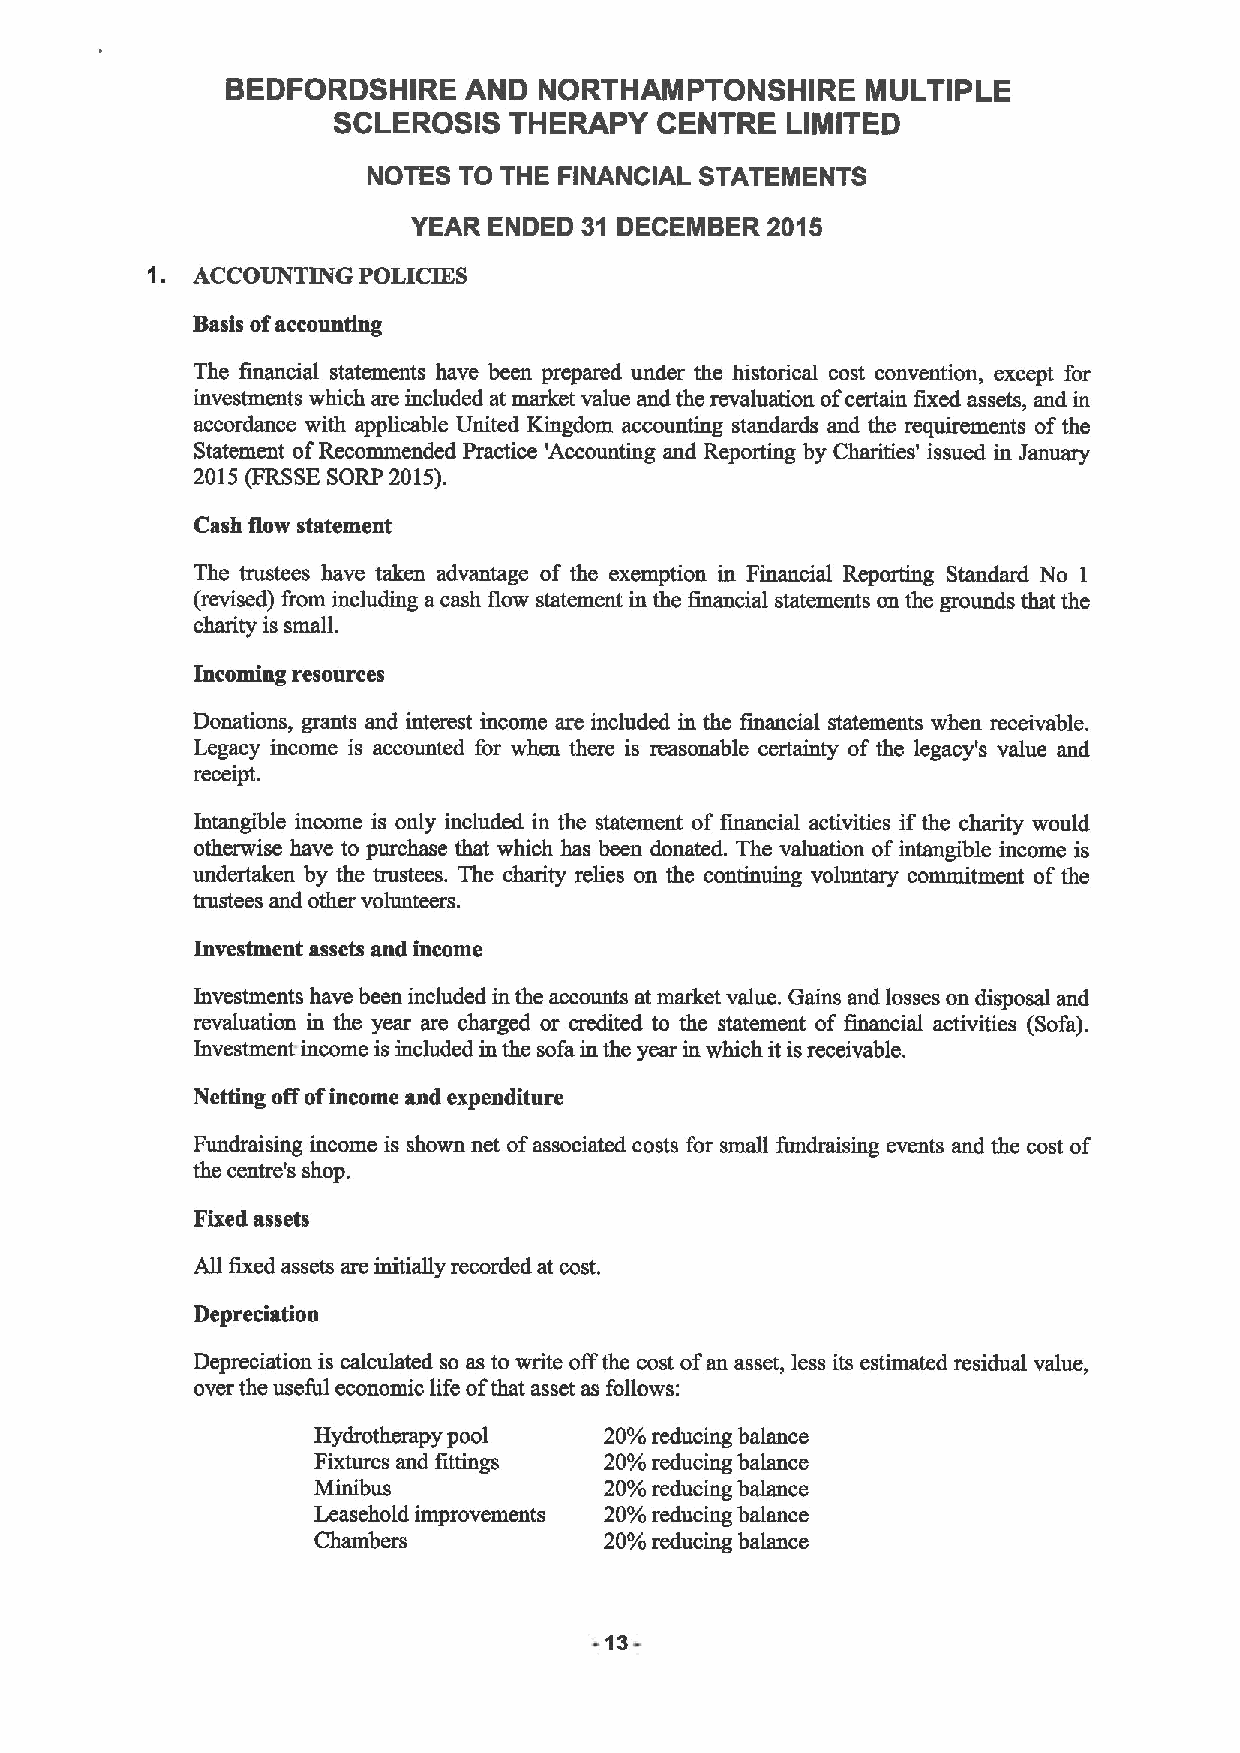
BEDFORDSHIRE    AND  NORTHAMPTONSHIRE     MULTIPLE
 SCLEROSIS   THERAPY  CENTRE   LIMITED
 NOTES TO THE FINANCIAL STATEMENTS
 YEAR ENDED 31 DECEMBER  2015
 1.
 ACCOUNTING POLICIES
 Basis ofaccounting
 The financial statements have been prepared under the historical cost convention, except for
 investments which are included at market value and the revaluation ofcertain fixed assets, and in
 accordance with applicable United Kingdom accounting standards and the requirements ofthe
 Statement ofRecommended Practice 'Accounting and Reporting by Charities' issued in January
 2015 (FRSSESORP 2015).
 Cash flow statement
 The trustees have taken advantage of the exemption in Financial Reporting Standard No I
 (revised) &om including a cash flow statement in the financial statements on the grounds that the
 charity is small.
 Incoming resources
 Donations, grants and interest income are included in the financial statements when receivable.
 Legacy income is accounted for when there is reasonable certainty of the legacy's value and
 receipt.
 Intangible income is only included in the statement of financial activities if the charity would
 otherwise have to purchase that which has been donated. The valuation ofintangible income is
 undertaken by the trustees. The charity relies on the continuing voluntary commitment of the
 trustees and other volunteers.
 Investment assets and income
 Investments have been included in the accounts at market value. Gains and losses on disposal and
 revaluation in the year are charged or credited to the statement of financial activities (Sofa).
 Investment- income is included in the sofa in the year in which it isreceivable.
 Netting offofincome and expenditure
 Fundraising income is shown net ofassociated costs for small fundraising events and the cost of
 the centre's shop.
 Fixed assets
 All fixed assets are initially recorded at cost.
 Depreciation
 Depreciation is calculated so as to write offthe cost ofan asset, less its estimated residual value,
 over the useful economic life ofthat asset as follows:
 Hydrotherapy pool  20%reducing balance
 Fixtures and fittings 20%reducing balance
 Minibus            20%reducing balance
 Leasehold improvements 20%reducing balance
 Chambers           20%reducing balance
 13-